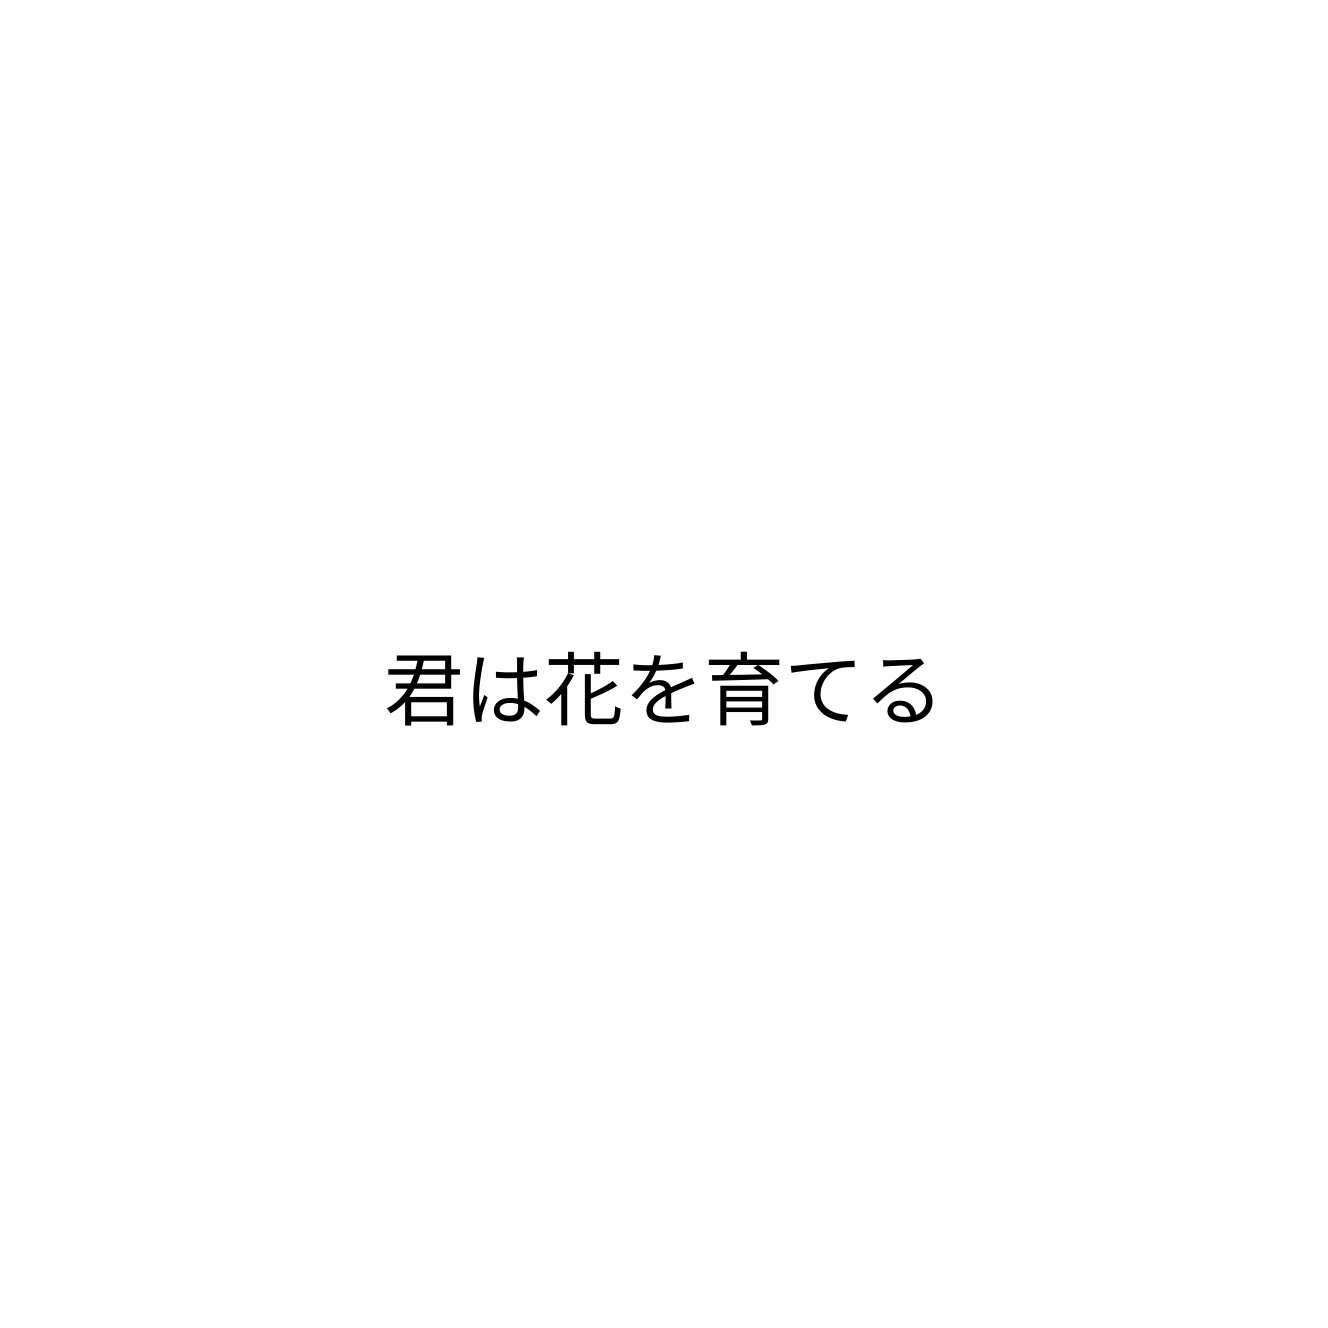
君は花を育てる